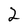
Character: 2